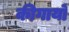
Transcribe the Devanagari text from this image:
कीगायों